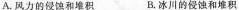
A.风力的侵蚀和堆积 B.冰川的侵蚀和堆积